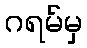
ဂရမ်မှ